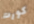
كورت